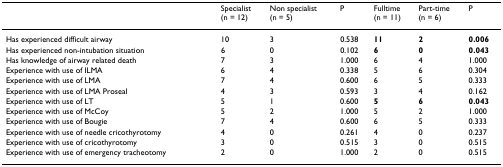
|  | Specialist (n = 12) | Non specialist (n = 5) | P | Fulltime (n = 11) | Part-time (n = 6) | P |
 | --- | --- | --- | --- | --- | --- | --- |
 | Has experienced difficult airway | 10 | 3 | 0.538 | 11 | 2 | 0.006 |
 | Has experienced non-intubation situation | 6 | 0 | 0.102 | 6 | 0 | 0.043 |
 | Has knowledge of airway related death | 7 | 3 | 1.000 | 6 | 4 | 1.000 |
 | Experience with use of ILMA | 6 | 4 | 0.338 | 5 | 6 | 0.304 |
 | Experience with use of LMA | 7 | 4 | 0.600 | 6 | 5 | 0.333 |
 | Experience with use of LMA Proseal | 4 | 3 | 0.593 | 3 | 4 | 0.162 |
 | Experience with use of LT | 5 | 1 | 0.600 | 5 | 6 | 0.043 |
 | Experience with use of McCoy | 5 | 2 | 1.000 | 5 | 2 | 1.000 |
 | Experience with use of Bougie | 7 | 4 | 0.600 | 6 | 5 | 0.333 |
 | Experience with use of needle cricothyrotomy | 4 | 0 | 0.261 | 4 | 0 | 0.237 |
 | Experience with use of cricothyrotomy | 3 | 0 | 0.515 | 3 | 0 | 0.515 |
 | Experience with use of emergency tracheotomy | 2 | 0 | 1.000 | 2 | 0 | 0.515 |